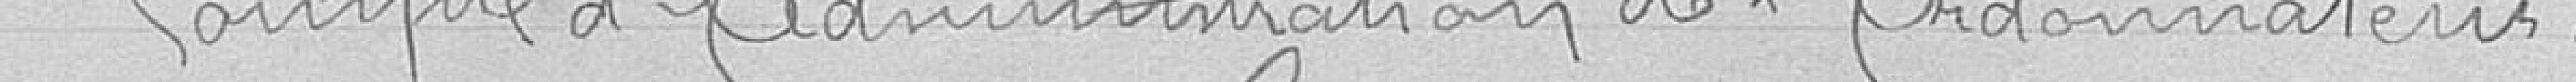
1° Compte d'Administration de l'ordonnateur